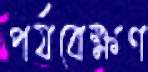
পর্যবেক্ষণ